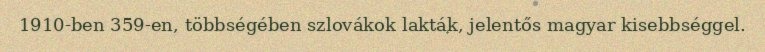
1910-ben 359-en, többségében szlovákok lakták, jelentős magyar kisebbséggel.